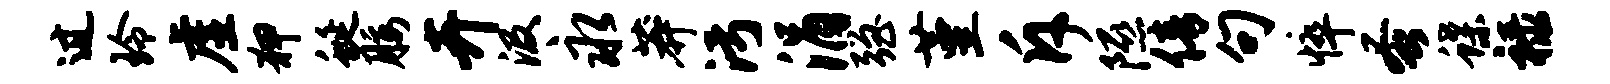
过玲虚狎蜒腰卉汲永莽污涓强堇斥隰倩句悴蚤蝶禄